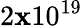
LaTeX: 2\mathbf{x}10^{19}